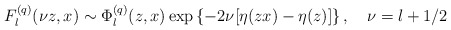
\begin{align*}F_l^{(q)}(\nu z,x)\sim \Phi _l^{(q)}(z,x)\exp \left\{ -2\nu [\eta (zx)-\eta (z)]\right\} , \quad \nu =l+1/2\end{align*}